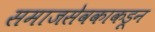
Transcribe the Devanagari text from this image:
समाजसेवकाकडून